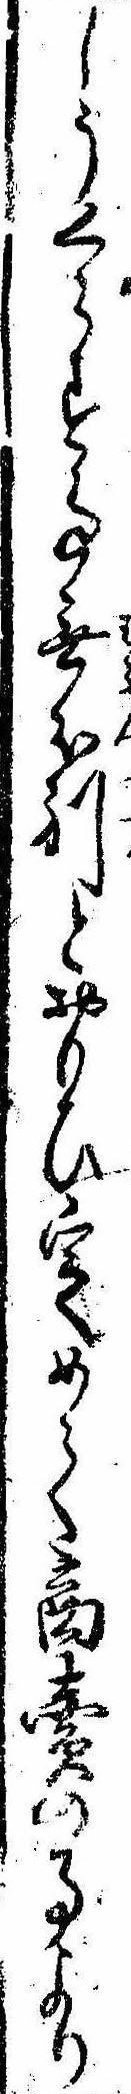
しうくらす事無分別とおもひ定めて商売の事より